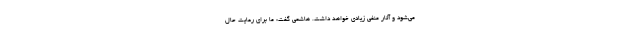
می‌شود و آثار منفی زیادی خواهد داشت. هاشمی گفت: ما برای رعایت حال